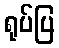
ရုပ်ပြ